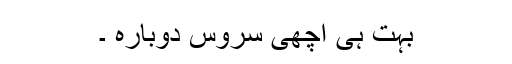
بہت ہی اچھی سروس دوبارہ ۔